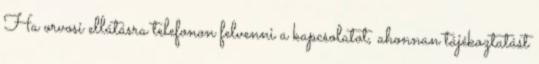
Ha orvosi ellátásra telefonon felvenni a kapcsolatot, ahonnan tájékoztatást